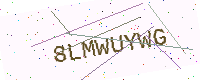
Text: 8LMWUYWG